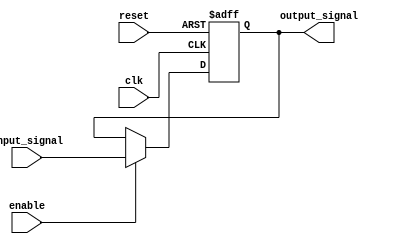
module timing_control_sync (
    input wire clk,
    input wire reset,
    input wire enable,
    input wire input_signal,
    output reg output_signal
);

reg delayed_signal;

always @(posedge clk or posedge reset) begin
    if (reset) begin
        delayed_signal <= 1'b0;
    end else if (enable) begin
        delayed_signal <= input_signal;
    end
end

assign output_signal = delayed_signal;

endmodule